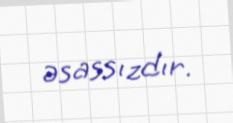
əsassızdır.